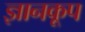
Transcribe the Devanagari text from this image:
ज्ञानकूप